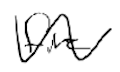
Text: fire
Cross-out: wave
Writing tool: digital_black